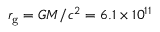
r _ { \mathrm { g } } = G M / c ^ { 2 } = 6 . 1 \times 1 0 ^ { 1 1 }